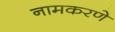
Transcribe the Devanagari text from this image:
नामकरणे